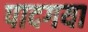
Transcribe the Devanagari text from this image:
पादगया